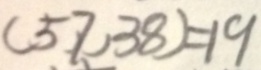
( 5 7 , 3 8 ) = 1 9